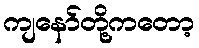
ကျနော်တို့ကတော့